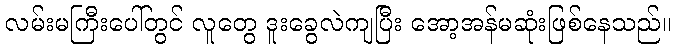
လမ်းမကြီးပေါ်တွင် လူတွေ ဒူးခွေလဲကျပြီး အော့အန်မဆုံးဖြစ်နေသည်။